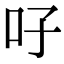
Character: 吇